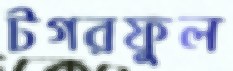
টগরফুল